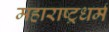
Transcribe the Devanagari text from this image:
महाराष्ट्रधर्म